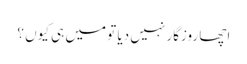
اچھا روزگار نہیں دیا تو میں ہی کیوں ؟